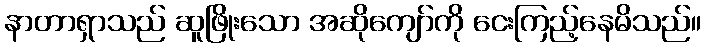
နာတာရှာသည် ဆူဖြိုးသော အဆိုကျော်ကို ငေးကြည့်နေမိသည်။